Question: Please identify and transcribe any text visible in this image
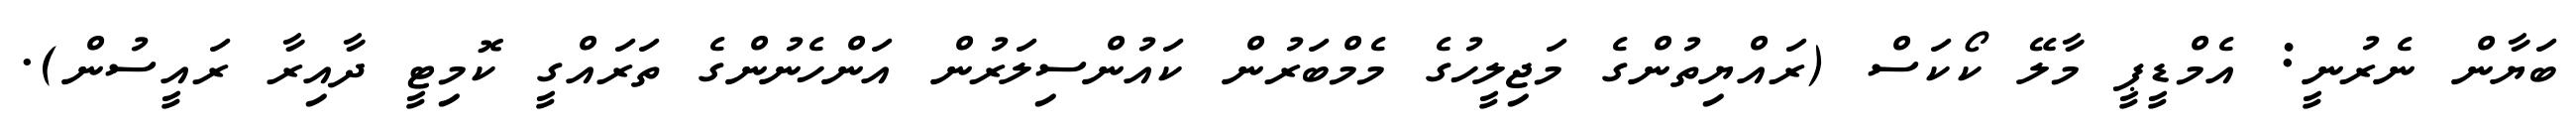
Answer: ބަޔާން ނެރުނީ: އެމްޑީޕީ މާލޭ ކޯކަސް (ރައްޔިތުންގެ މަޖިލީހުގެ މެމްބަރުން ކައުންސިލަރުން އަންހެނުންގެ ތަރައްގީ ކޮމިޓީ ދާއިރާ ރައީސުން).